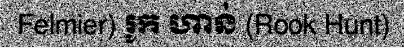
Felmier) រូក ហាន់ (Rook Hunt)